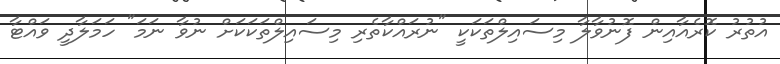
އުތުރު ކޮރެއާއިން ފޮނުވާލާ މިސައިލްތަަކަކީ "ނުރައްކާތެރި މިސައިލްތަަކަކަށް ނުވާ ނަމަ" ހަމަލާދީ ވައްޓާ